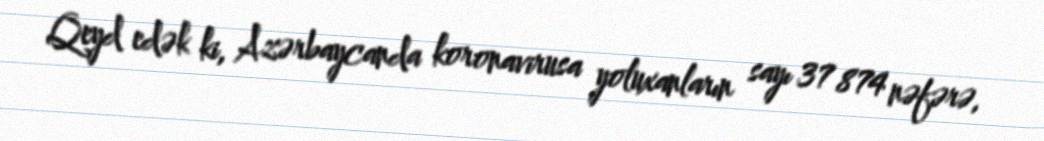
Qeyd edək ki, Azərbaycanda koronavirusa yoluxanların sayı 37 874 nəfərə,